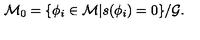
{ \cal M } _ { 0 } = \{ \phi _ { i } \in { \cal M } | s ( \phi _ { i } ) = 0 \} / { \cal G } .